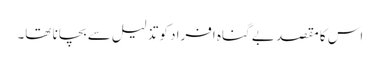
اس کا مقصد بے گناہ افراد کو تذلیل سے بچانا تھا۔